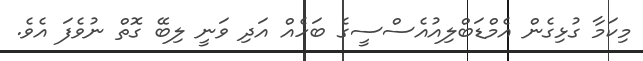
މިކަމާ ގުޅިގެން އެމްޑަބްލިއުއެސްސީގެ ބަހެއް އަދި ވަނީ ލިބޭ ގޮތް ނުވެފަ އެވެ.